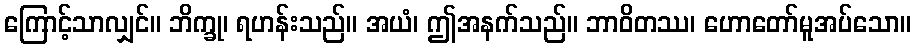
ကြောင့်သာလျှင်။ ဘိက္ခု၊ ရဟန်းသည်။ အယံ၊ ဤအနက်သည်။ ဘာဝိတဿ၊ ဟောတော်မူအပ်သော။